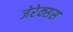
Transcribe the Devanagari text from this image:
जेरेक्सस